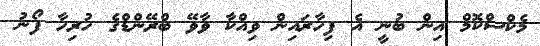
މެކްސްކޮމް އިން ބުނީ އެ ފިހާރައިން ވިއްކާ ވާވޭ ބްރޭންޑްގެ ހުރިހާ ފޯނު